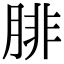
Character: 腓